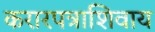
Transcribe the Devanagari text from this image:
करारपत्राशिवाय